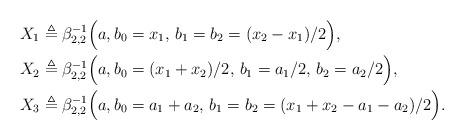
LaTeX: \begin{align*}X_1 &\triangleq \beta_{2,2}^{-1}\Bigl(a,b_0=x_1,\,b_1=b_2=(x_2-x_1)/2\Bigl), \\X_2 & \triangleq \beta_{2,2}^{-1}\Bigl(a,b_0=(x_1+x_2)/2,\,b_1=a_1/2,\,b_2=a_2/2\Bigr), \\X_3 & \triangleq \beta_{2,2}^{-1}\Bigl(a, b_0=a_1+a_2,\,b_1=b_2=(x_1+x_2-a_1-a_2)/2\Bigl). \end{align*}